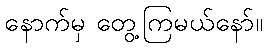
နောက်မှ တွေ့ကြမယ်နော်။